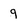
Character: 9